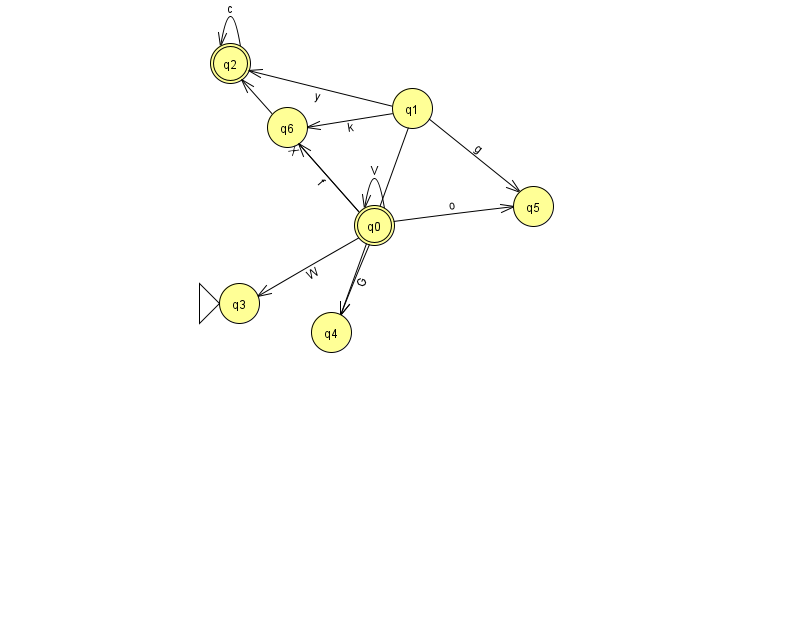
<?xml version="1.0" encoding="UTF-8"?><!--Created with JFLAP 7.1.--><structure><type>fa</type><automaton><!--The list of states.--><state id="0" name="q0"><x>374.0</x><y>212.0</y><final/></state><state id="1" name="q1"><x>412.0</x><y>95.0</y></state><state id="2" name="q2"><x>230.0</x><y>50.0</y><final/></state><state id="3" name="q3"><x>239.0</x><y>290.0</y><initial/></state><state id="4" name="q4"><x>331.0</x><y>319.0</y></state><state id="5" name="q5"><x>533.0</x><y>193.0</y></state><state id="6" name="q6"><x>287.0</x><y>114.0</y></state><!--The list of transitions.--><transition><from>0</from><to>4</to><read>G</read></transition><transition><from>1</from><to>5</to><read>g</read></transition><transition><from>2</from><to>2</to><read>c</read></transition><transition><from>0</from><to>0</to><read>V</read></transition><transition><from>0</from><to>5</to><read>o</read></transition><transition><from>0</from><to>6</to><read>f</read></transition><transition><from>1</from><to>6</to><read>k</read></transition><transition><from>1</from><to>2</to><read>y</read></transition><transition><from>0</from><to>3</to><read>W</read></transition><transition><from>1</from><to>4</to><read>Q</read></transition><transition><from>0</from><to>2</to><read>X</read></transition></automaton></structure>